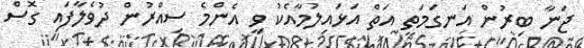
ޖަނާ ބިރުން އަނގަމަތީ އަތް އަޅައިލުމާއެކު ވީ އެންމެ ސިއްރުން ދުވެލާފައި ގޮސް